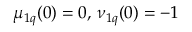
\mu _ { 1 q } ( 0 ) = 0 , \, \nu _ { 1 q } ( 0 ) = - 1